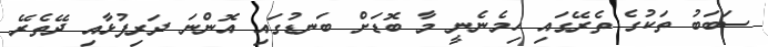
ސަބަބު ތަކުގެ ތެރޭގައި ހިމެނެނީ މާ ބޮޑަށް ބަނޑުގައި އޮންނަ ދަރިފުޅާއި ދޭތެރޭ